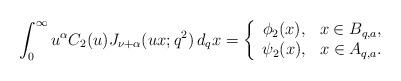
LaTeX: \begin{align*} \int_{0}^{\infty}u^{\alpha}C_2(u)J_{\nu+\alpha}(ux;q^2)\,d_qx=\left\{\begin{array}{cc}\phi_2(x),&x\in B_{q,a},\\ \psi_2(x),&x\in A_{q,a}.\end{array}\right.\end{align*}